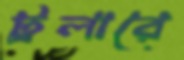
ট্রলারে